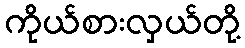
ကိုယ်စားလှယ်တို့